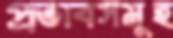
প্রভাবসমূহ